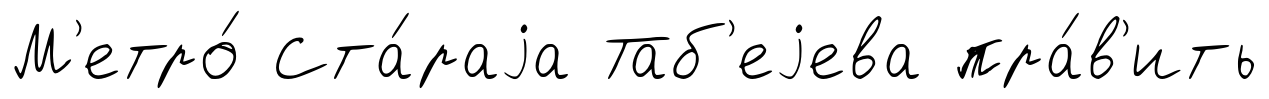
М'етро́ Ста́раjа Таб'еjева пра́в'ить